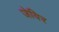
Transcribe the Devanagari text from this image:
जेविर